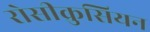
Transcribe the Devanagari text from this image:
रोसीक्रुसियन